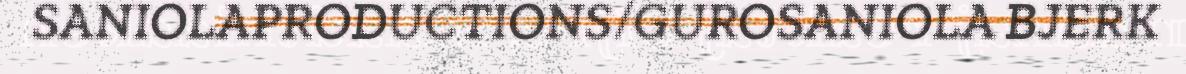
SANIOLAPRODUCTIONS/GUROSANIOLA BJERK